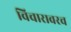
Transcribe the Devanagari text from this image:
विचारावरच